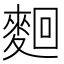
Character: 𪌦